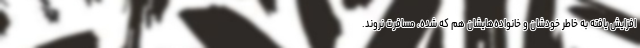
افزایش یافته به خاطر خودشان و خانواده‌هایشان هم که شده، مسافرت نروند.